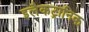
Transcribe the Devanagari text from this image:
इलैकट्रानिक